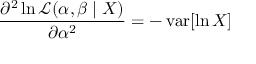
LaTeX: { \frac { \partial ^ { 2 } \ln { \mathcal { L } } ( \alpha , \beta \mid X ) } { \partial \alpha ^ { 2 } } } = - \operatorname { v a r } [ \ln X ]